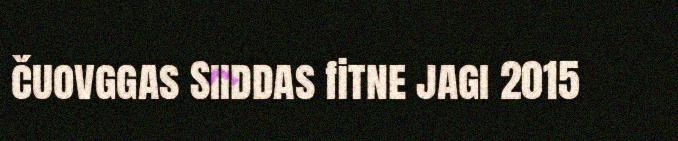
čuovggas Siiddas fitne jagi 2015